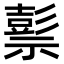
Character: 𥛱